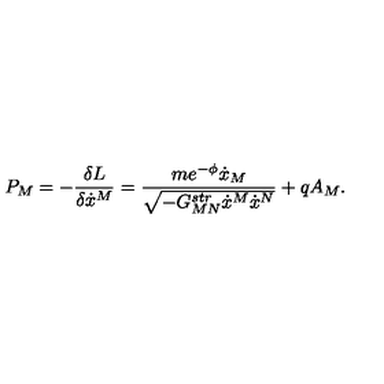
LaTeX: P _ { M } = - { \frac { \delta L } { \delta \dot { x } ^ { M } } } = { \frac { m e ^ { - \phi } \dot { x } _ { M } } { \sqrt { - G _ { M N } ^ { s t r } \dot { x } ^ { M } \dot { x } ^ { N } } } } + q A _ { M } .